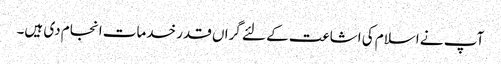
آپ نے اسلام کی اشاعت کے لئے گراں قدر خدمات انجام دی ہیں۔